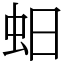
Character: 蚎